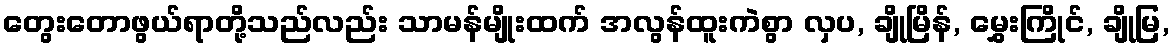
တွေးတောဖွယ်ရာတို့သည်လည်း သာမန်မျိုးထက် အလွန်ထူးကဲစွာ လှပ, ချိုမြိန်, မွှေးကြိုင်, ချိုမြ,